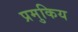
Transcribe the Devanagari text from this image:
प्रमुकिय